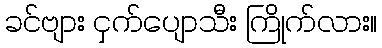
ခင်ဗျား ငှက်ပျောသီး ကြိုက်လား။